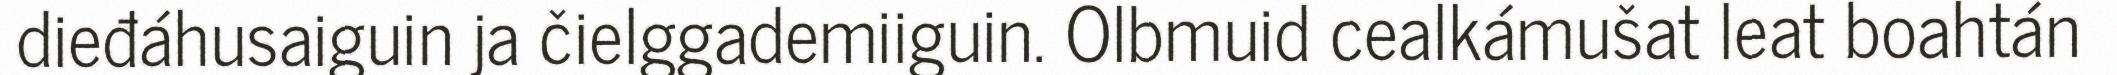
dieđáhusaiguin ja čielggademiiguin. Olbmuid cealkámušat leat boahtán